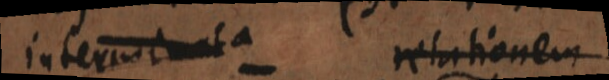
interminata relationem